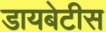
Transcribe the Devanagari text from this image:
डायबेटीस